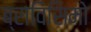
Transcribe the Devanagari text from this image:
ब्राविसिमो